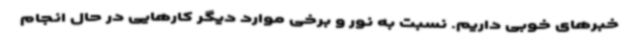
خبرهای خوبی داریم. نسبت به نور و برخی موارد دیگر کارهایی در حال انجام